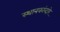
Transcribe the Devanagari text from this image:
स्थानकांव्दारे